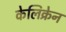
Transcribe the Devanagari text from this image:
केलिक्रेन